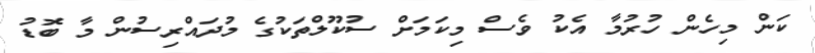
ކަން މިހެން ހުރުމާ އެކު ވެސް މިކަމަށް ސުކޫލްތަކުގެ މުދައްރިސުން މާ ބޮޑު